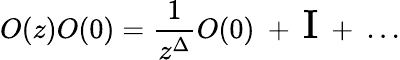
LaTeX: O(z)O(0)={\frac{1}{z^{\Delta}}}O(0)~+~{\Large\mathrm{I}}~+~...